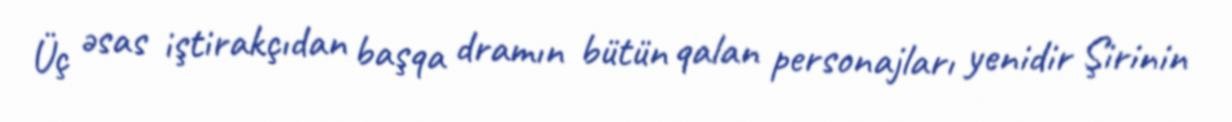
Üç əsas iştirakçıdan başqa dramın bütün qalan personajları yenidir Şirinin